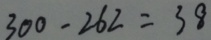
3 0 0 - 2 6 2 = 3 8